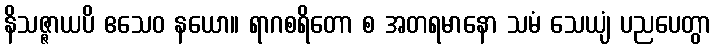
နိသဇ္ဇာယပိ ဧသေဝ နယော။ ရာဂစရိတော စ အတရမာနော သမံ သေယျံ ပညပေတွာ